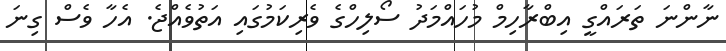
ނާންނަ ތަރައްގީ އިބްރާހިމް މުހައްމަދު ސޯލިހްގެ ވެރިކަމުގައި އަތުވެއްޖެ. އެހާ ވެސް ގިނަ